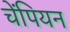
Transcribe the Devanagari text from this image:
चेंपियन